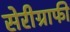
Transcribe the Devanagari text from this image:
सेरीग्राफी